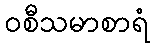
ဝစီသမာစာရံ